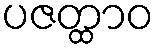
ပဇတ္ထာဝ